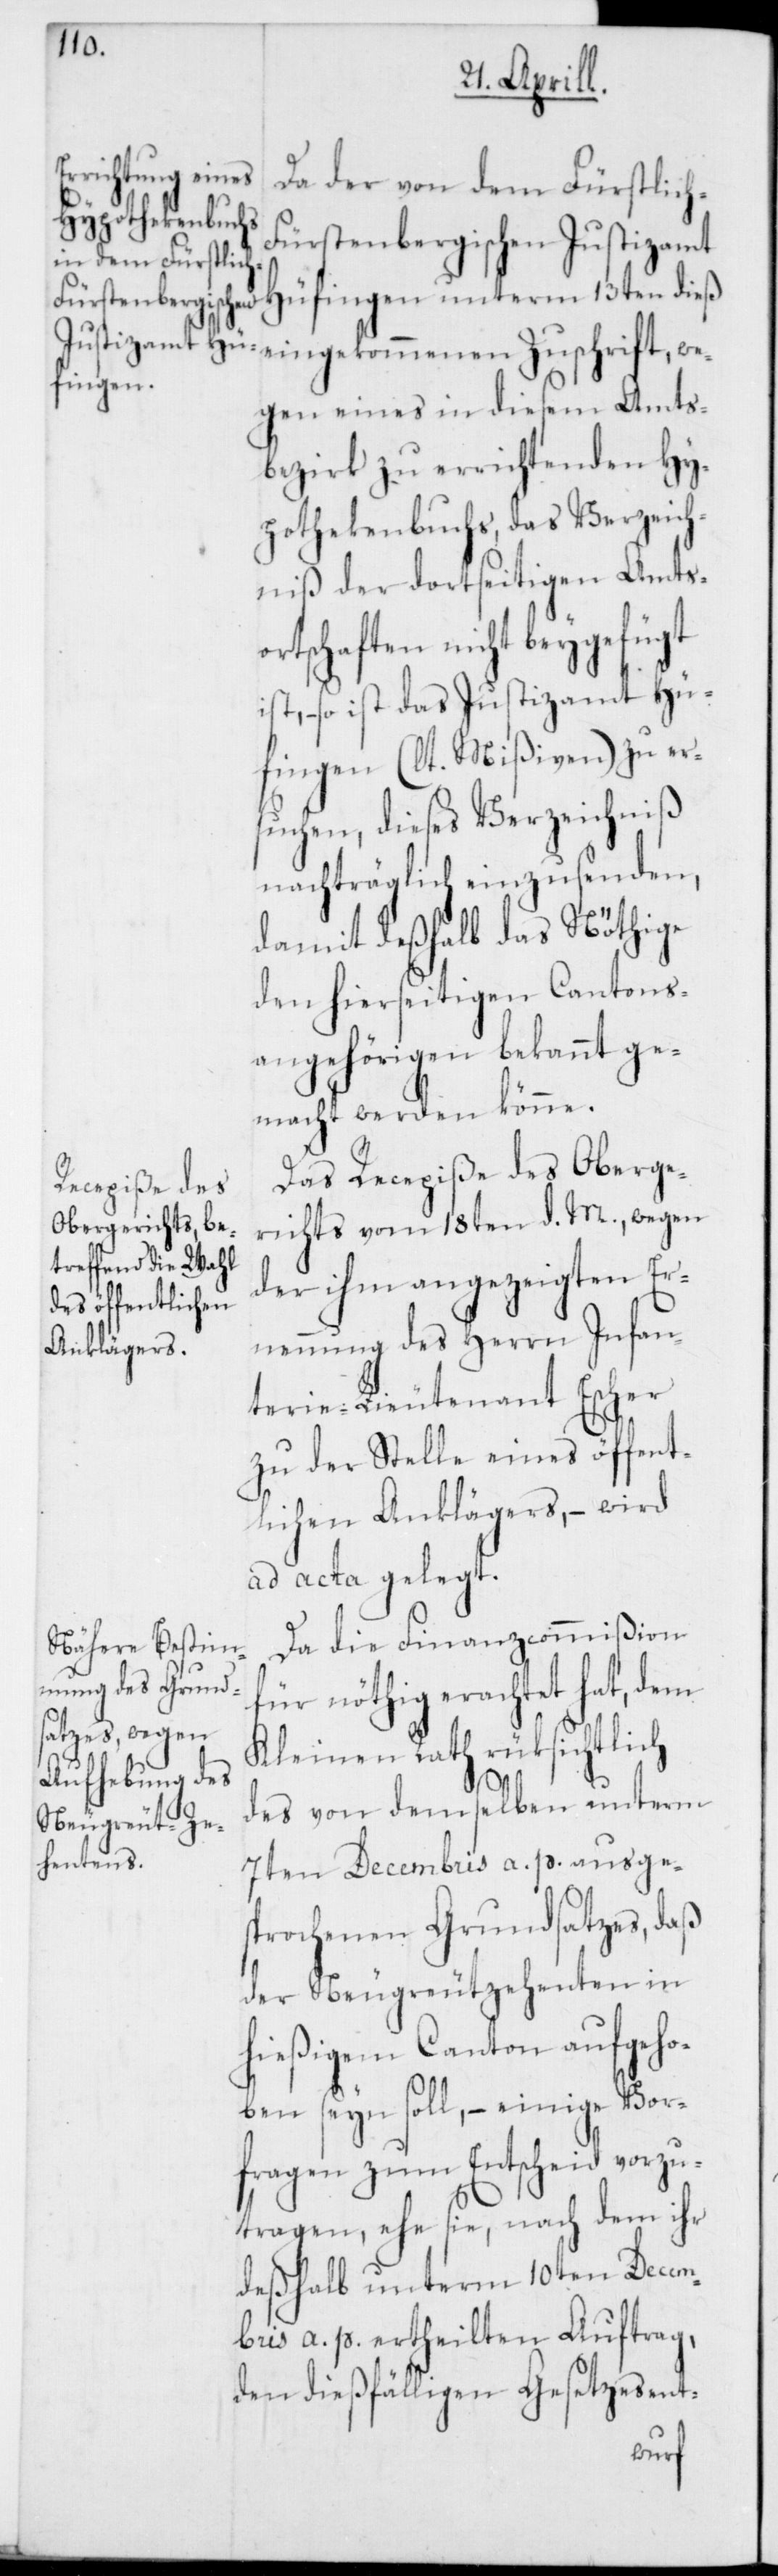
Da der von dem Fürstlic¬
Hypothekenbuchs,
ürstenbergischen Justizamt
13ten dieß eingekommenen Zuschrift, we¬
fingen
mts¬
gen eines in diesem
bezirk zu er¬
ich
–
gten
niß der dorts¬
t.
–
ortschaften
Hü¬
so ist das
fingen (l¬
suchen, dieses
nachträgl¬
damit deßhalb
den hierseitigen
angehörigen
macht werden kö¬
das Ver¬
Recepiße des
richts vom 18t¬
en d.
der ihm angezei¬
es öffentlichen
Ernennung des
Anklägers,
terie-Lieutenant Escher
zu der Stelle ein¬
wird
ad acta gelegt.
Da die Finanzcommißion
für nöthig erachtet hat, dem
Kleinen Rath rücksichtlich
des von demselben unterm
Cantons¬
7ten Decembris a. p. ausge¬
sprochenen Grundsatzes, daß
der Neugreutzehenten in
hießigem Canton aufgeho¬
ben seyn soll, – einige Vor¬
fragen zum Entscheid vorzu¬
tragen, ehe sie, nach dem ihr
deßhalb unterm 10ten Decem¬
bris a. p. ertheilten Auftrag,
den dießfälligen Gesetzesent-